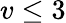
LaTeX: v\leq 3